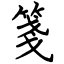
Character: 箋